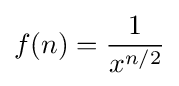
f(n)={\frac {1}{x^{n/2}}}